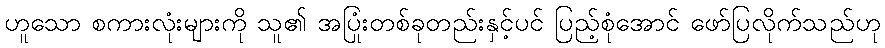
ဟူသော စကားလုံးများကို သူ၏ အပြုံးတစ်ခုတည်းနှင့်ပင် ပြည့်စုံအောင် ဖော်ပြလိုက်သည်ဟု